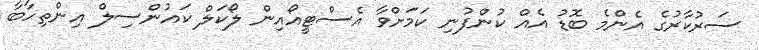
ސަރުކާރުގެ އެންމެ ބޮޑު އެއް ކުންފުނި ކަމަށްވާ އެސްޓީއޯއިން ލޯކަލް ކައުންސިލް އިންތިހާބާ